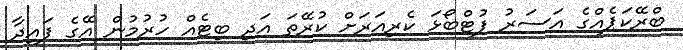
ބްރޭކަޕެއްގެ އަސަރު ފުޓްބޯޅަ ކެރިއަރަށް ކުރޭތަ އަދި ބިޓެއް ހުރުމުން އޭގެ ފައިދާ